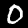
Label: 0